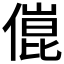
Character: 𠍕